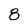
Character: 8